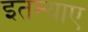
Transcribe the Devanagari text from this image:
इतन्याए